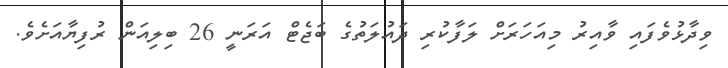
ވިދާޅުވެފައި ވާއިރު މިއަހަރަށް ލަފާކުރި ދައުލަތުގެ ބަޖެޓް އަރަނީ 26 ބިލިއަން ރުފިޔާއަށެވެ.